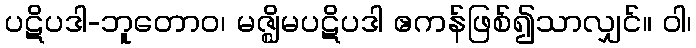
ပဋိပဒါ-ဘူတောဝ၊ မဇ္ဈိမပဋိပဒါ ဧကန်ဖြစ်၍သာလျှင်။ ဝါ၊